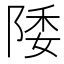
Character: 𱀚